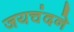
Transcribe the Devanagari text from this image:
जयचंदने